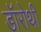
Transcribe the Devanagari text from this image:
डॉरोथी